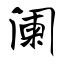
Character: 阑